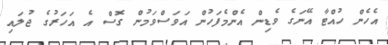
އެހެން ހުއްޓާ އޭނަގެ ވެޑިން އެންމެފަހުން އަވަސްވަމުން ގޮސް އެ އަހަރުގެ ޖުލައި